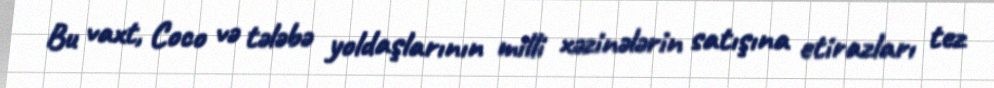
Bu vaxt, Coco və tələbə yoldaşlarının milli xəzinələrin satışına etirazları tez